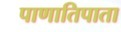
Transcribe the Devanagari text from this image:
पाणातिपाता